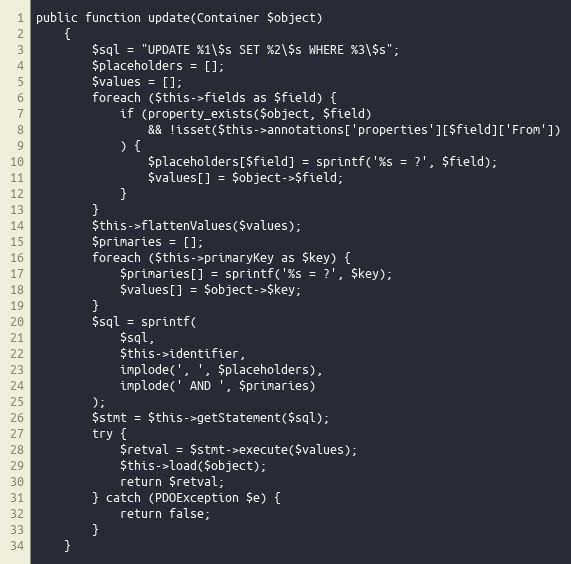
Language: PHP
public function update(Container $object)
    {
        $sql = "UPDATE %1\$s SET %2\$s WHERE %3\$s";
        $placeholders = [];
        $values = [];
        foreach ($this->fields as $field) {
            if (property_exists($object, $field)
                && !isset($this->annotations['properties'][$field]['From'])
            ) {
                $placeholders[$field] = sprintf('%s = ?', $field);
                $values[] = $object->$field;
            }
        }
        $this->flattenValues($values);
        $primaries = [];
        foreach ($this->primaryKey as $key) {
            $primaries[] = sprintf('%s = ?', $key);
            $values[] = $object->$key;
        }
        $sql = sprintf(
            $sql,
            $this->identifier,
            implode(', ', $placeholders),
            implode(' AND ', $primaries)
        );
        $stmt = $this->getStatement($sql);
        try {
            $retval = $stmt->execute($values);
            $this->load($object);
            return $retval;
        } catch (PDOException $e) {
            return false;
        }
    }